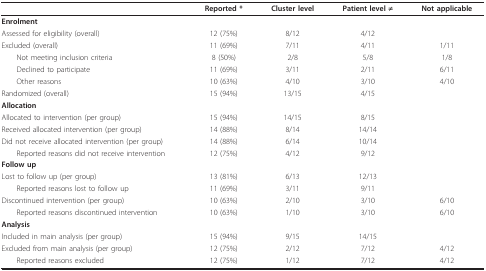
<table><thead><tr><td></td><td><b>Reported *</b></td><td><b>Cluster level</b></td><td><b>Patient level ≠</b></td><td><b>Not applicable</b></td></tr></thead><tbody><tr><td><b>Enrolment</b></td><td></td><td></td><td></td><td></td></tr><tr><td>Assessed for eligibility (overall)</td><td>12 (75%)</td><td>8/12</td><td>4/12</td><td></td></tr><tr><td>Excluded (overall)</td><td>11 (69%)</td><td>7/11</td><td>4/11</td><td>1/11</td></tr><tr><td> Not meeting inclusion criteria</td><td>8 (50%)</td><td>2/8</td><td>5/8</td><td>1/8</td></tr><tr><td> Declined to participate</td><td>11 (69%)</td><td>3/11</td><td>2/11</td><td>6/11</td></tr><tr><td> Other reasons</td><td>10 (63%)</td><td>4/10</td><td>3/10</td><td>4/10</td></tr><tr><td>Randomized (overall)</td><td>15 (94%)</td><td>13/15</td><td>4/15</td><td></td></tr><tr><td><b>Allocation</b></td><td></td><td></td><td></td><td></td></tr><tr><td>Allocated to intervention (per group)</td><td>15 (94%)</td><td>14/15</td><td>8/15</td><td></td></tr><tr><td>Received allocated intervention (per group)</td><td>14 (88%)</td><td>8/14</td><td>14/14</td><td></td></tr><tr><td>Did not receive allocated intervention (per group)</td><td>14 (88%)</td><td>6/14</td><td>10/14</td><td></td></tr><tr><td> Reported reasons did not receive intervention</td><td>12 (75%)</td><td>4/12</td><td>9/12</td><td></td></tr><tr><td><b>Follow up</b></td><td></td><td></td><td></td><td></td></tr><tr><td>Lost to follow up (per group)</td><td>13 (81%)</td><td>6/13</td><td>12/13</td><td></td></tr><tr><td> Reported reasons lost to follow up</td><td>11 (69%)</td><td>3/11</td><td>9/11</td><td></td></tr><tr><td>Discontinued intervention (per group)</td><td>10 (63%)</td><td>2/10</td><td>3/10</td><td>6/10</td></tr><tr><td> Reported reasons discontinued intervention</td><td>10 (63%)</td><td>1/10</td><td>3/10</td><td>6/10</td></tr><tr><td><b>Analysis</b></td><td></td><td></td><td></td><td></td></tr><tr><td>Included in main analysis (per group)</td><td>15 (94%)</td><td>9/15</td><td>14/15</td><td></td></tr><tr><td>Excluded from main analysis (per group)</td><td>12 (75%)</td><td>2/12</td><td>7/12</td><td>4/12</td></tr><tr><td> Reported reasons excluded</td><td>12 (75%)</td><td>1/12</td><td>7/12</td><td>4/12</td></tr></tbody></table>